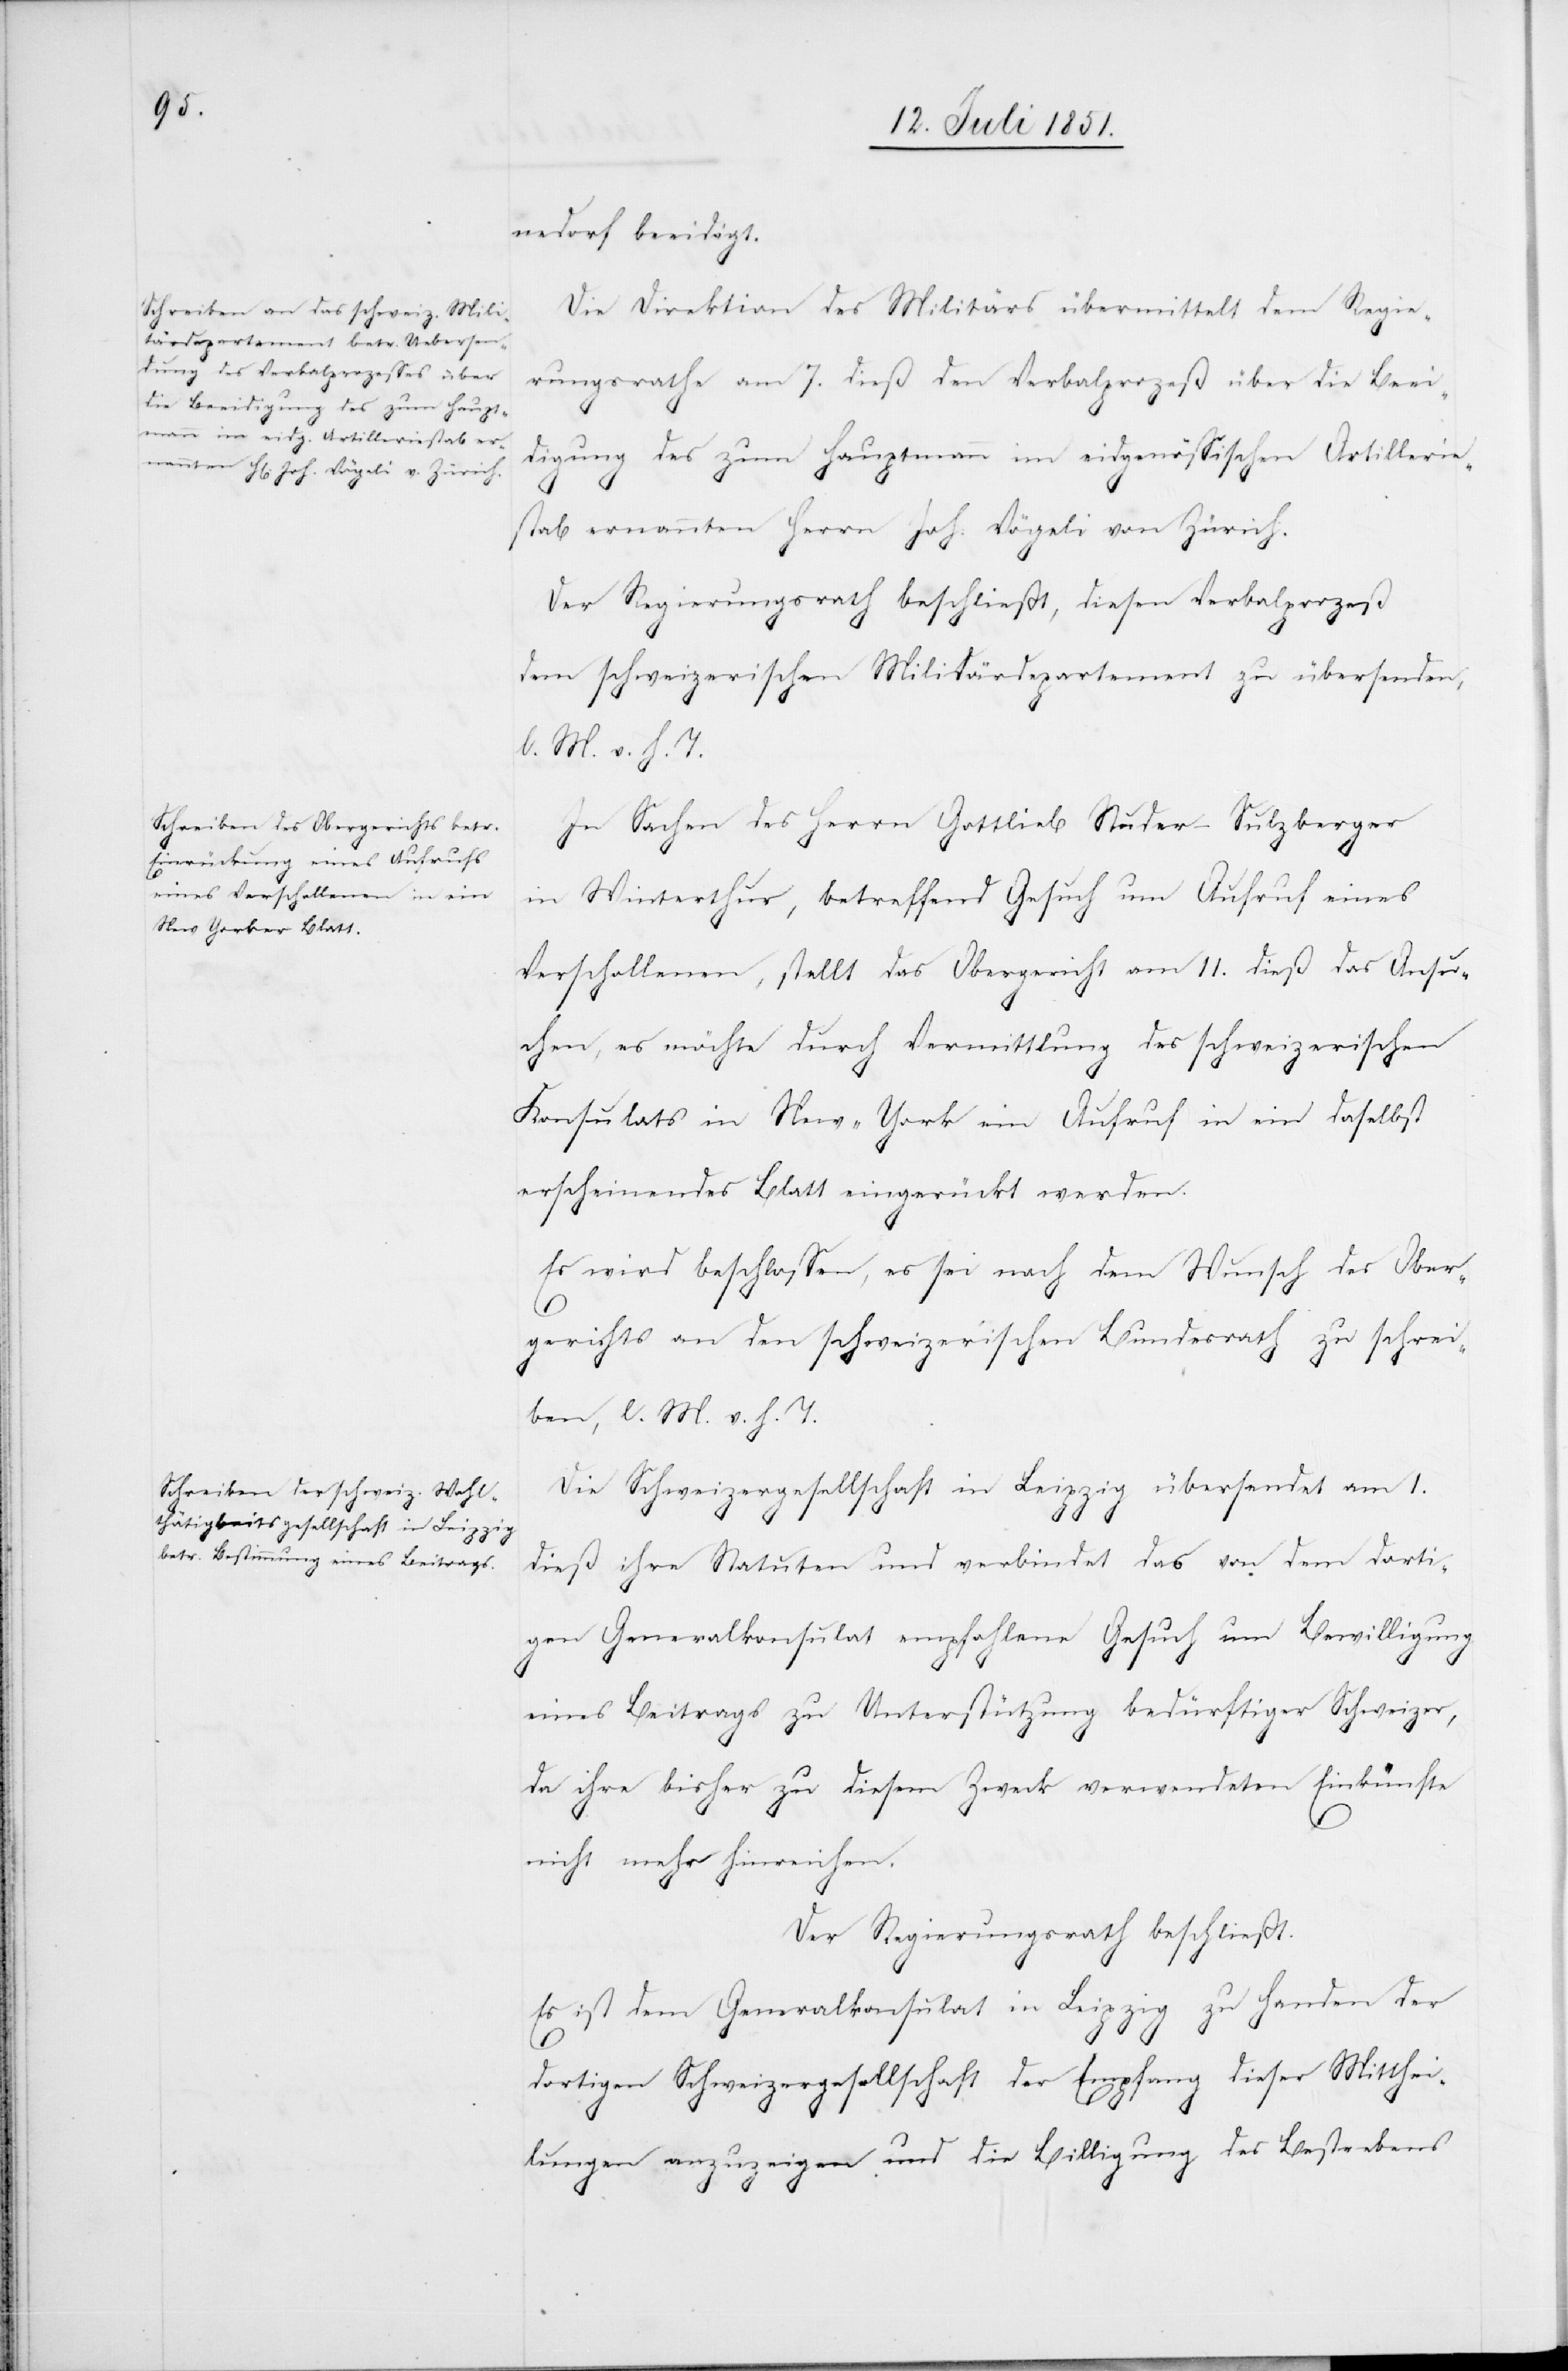
nedorf beeidigt.
Die Direktion des Militärs übermittelt dem Regie¬
rungsrathe am 7. dieß den Verbalprozeß über die Beei¬
digung des zum Hauptmann im eidgenössischen Artillerie¬
stab ernannten Herrn Joh. Vögeli von Zürich.
Der Regierungsrath beschließt, diesen Verbalprozeß
dem schweizerischen Militärdepartement zu übersenden,
l. M. v. h. T.
In Sachen des Herrn Gottlieb Studer-Sulzberger
in Winterthur, betreffend Gesuch um Aufruf eines
Verschollenen, stellt das Obergericht am 11. dieß das Ansu¬
chen, es möchte durch Vermittlung des schweizerischen
Konsulats in New-York ein Aufruf in ein daselbst
erscheinendes Blatt eingerückt werden.
Es wird beschlossen, es sei nach dem Wunsch des Ober¬
gerichts an den schweizerischen Bundesrath zu schrei¬
ben, l. M. v. h. T.
Die Schweizergesellschaft in Leipzig übersendet am 1.
dieß ihre Statuten und verbindet das von dem dorti¬
gen Generalkonsulat empfohlene Gesuch um Bewilligung
eines Beitrags zu Unterstützung bedürftiger Schweizer,
da ihre bisher zu diesem Zweck verwendeten Einkünfte
nicht mehr hinreichen.
Der Regierungsrath beschließt.
Es ist dem Generalkonsulat in Leipzig zu Handen der
dortigen Schweizergesellschaft der Empfang dieser Mitthei¬
lungen anzuzeigen und die Billigung des Bestrebens